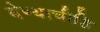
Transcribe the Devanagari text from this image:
देण्याचीहि